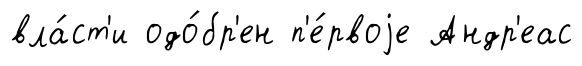
вла́ст'и одо́бр'ен п'е́рвоjе Андр'еас